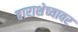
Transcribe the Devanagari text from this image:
बाराशेच्यावर